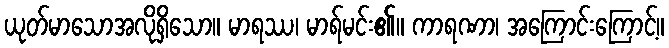
ယုတ်မာသောအလိုရှိသော။ မာရဿ၊ မာရ်မင်း၏။ ကာရဏာ၊ အကြောင်းကြောင့်။